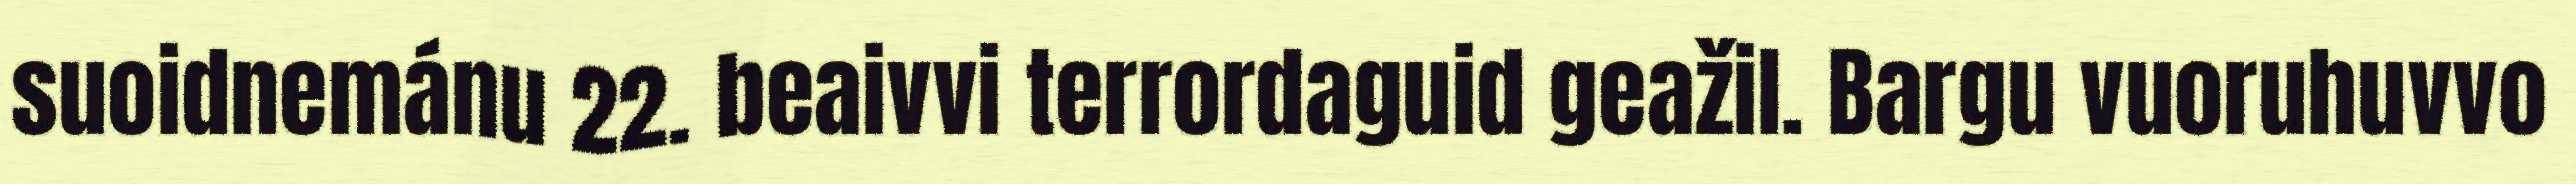
suoidnemánu 22. beaivvi terrordaguid geažil. Bargu vuoruhuvvo